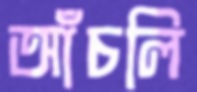
আঁচলি